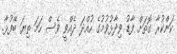
ކަންކުރާ ގޮތަށް ފާޑު ވިދާޅުވުމުގެ ހުއްދަ ދެއްވީ ވެސް ހަމަ ތިޔަ ބޭފުޅާ.